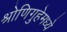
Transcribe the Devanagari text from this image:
श्रोणिगुहेमध्ये